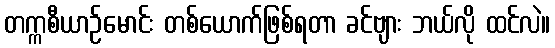
တက္ကစီယာဉ်မောင်း တစ်ယောက်ဖြစ်ရတာ ခင်ဗျား ဘယ်လို ထင်လဲ။